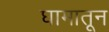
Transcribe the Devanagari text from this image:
घामातून